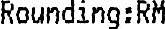
ROUNDING:RM